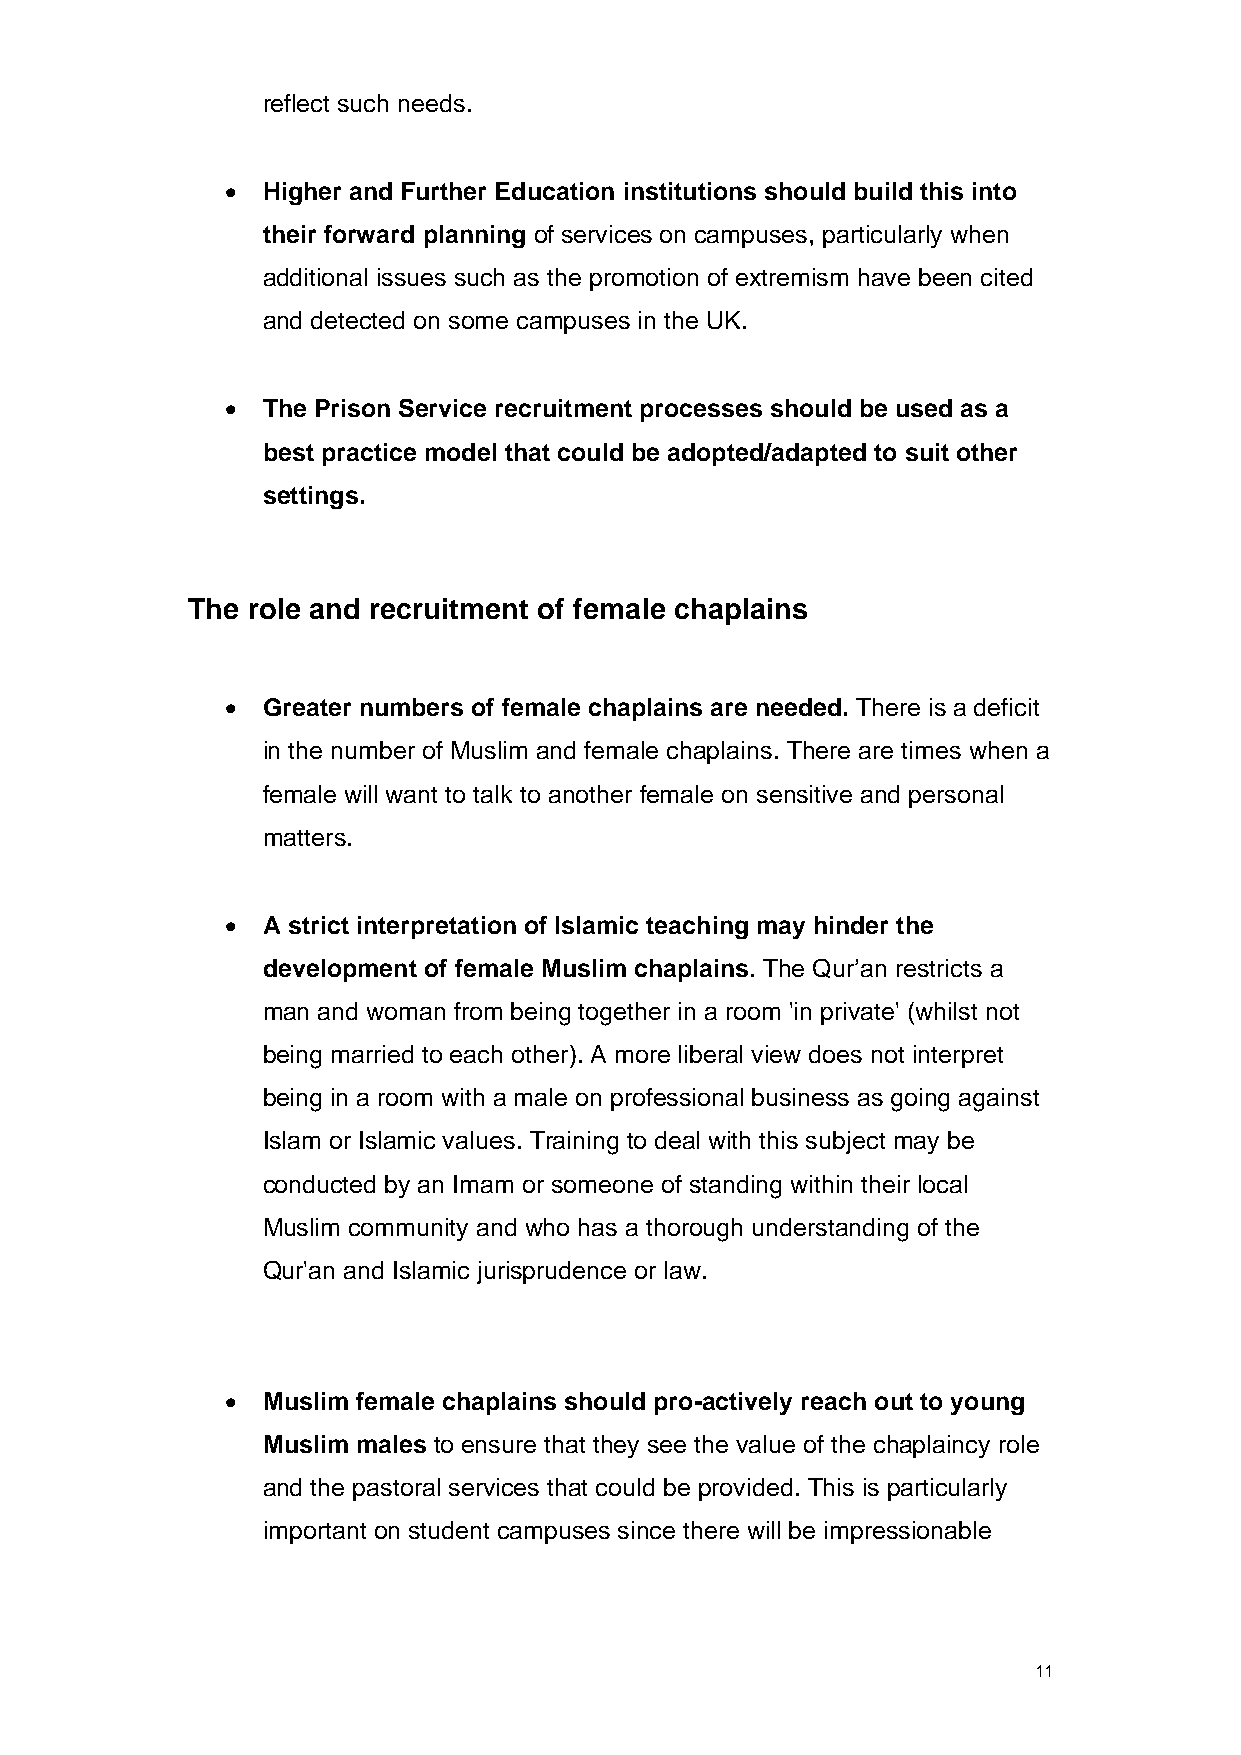
reflect such needs.
 • Higher and Further Education institutions should build this into
 their forward planning of services on campuses, particularly when
 additional issues such as the promotion of extremism have been cited
 and detected on some campuses in the UK.
 • The Prison Service recruitment processes should be used as a
 best practice model that could be adopted/adapted to suit other
 settings.
 The role and recruitment of female chaplains
 • Greater numbers of female chaplains are needed. There is a deficit
 in the number of Muslim and female chaplains. There are times when a
 female will want to talk to another female on sensitive and personal
 matters.
 • A strict interpretation of Islamic teaching may hinder the
 development of female Muslim chaplains. The Qur’an restricts a
 man and woman from being together in a room 'in private' (whilst not
 being married to each other). A more liberal view does not interpret
 being in a room with a male on professional business as going against
 Islam or Islamic values. Training to deal with this subject may be
 conducted by an Imam or someone of standing within their local
 Muslim community and who has a thorough understanding of the
 Qur'an and Islamic jurisprudence or law.
 • Muslim female chaplains should pro-actively reach out to young
 Muslim males to ensure that they see the value of the chaplaincy role
 and the pastoral services that could be provided. This is particularly
 important on student campuses since there will be impressionable
 11